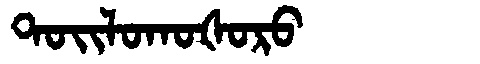
Manchu: ᡨᠣᡳᠯᠣᡴᠣᡧᠣᡵᠣ
Romanization: TOILOKOŠORO